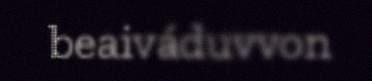
beaiváduvvon